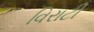
વિરાટી